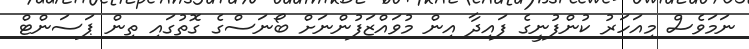
ނަމަވެސް މިއަހަރު ކުންފުނީގެ ފައިދާ އިން މުވައްޒަފުންނަށް ބޯނަސްގެ ގޮތުގައި ތިން ޕަސަންޓް